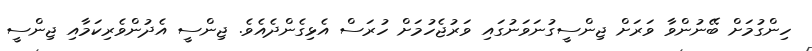
ހިންގުމަށް ބޭނުންވާ ވަރަށް ޖިންސީގުނަވަނުގައި ވަރުޖެހުމަށް ހުރަސް އެޅިގެންދެއެވެ. ޖިންސީ އެދުންވެރިކަމާއި ޖިންސީ